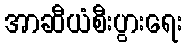
အာဆီယံစီးပွားရေး